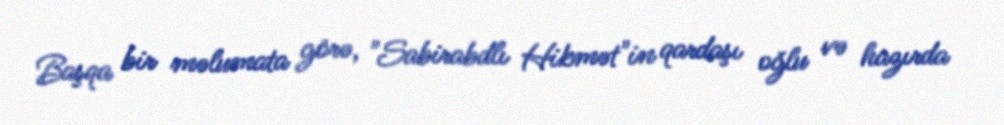
Başqa bir məlumata görə, "Sabirabdlı Hikmət"in qardaşı oğlu və hazırda